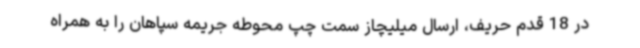
در 18 قدم حریف، ارسال میلیچاز سمت چپ محوطه جریمه سپاهان را به همراه